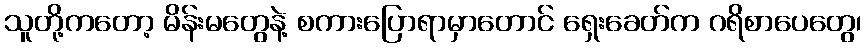
သူတို့ကတော့ မိန်းမတွေနဲ့ စကားပြောရာမှာတောင် ရှေးခေတ်က ဂရိစာပေတွေ၊